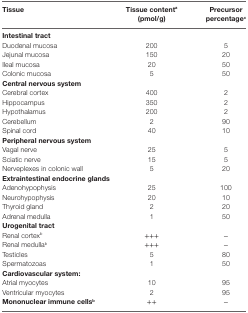
<table><thead><tr><td><b>Tissue</b></td><td><b>Tissue content<sup>a</sup> (pmol/g)</b></td><td><b>Precursor percentage<sup>c</sup></b></td></tr></thead><tbody><tr><td><b>Intestinal tract</b></td><td></td><td></td></tr><tr><td>Duodenal mucosa</td><td>200</td><td>5</td></tr><tr><td>Jejunal mucosa</td><td>150</td><td>20</td></tr><tr><td>Ileal mucosa</td><td>20</td><td>50</td></tr><tr><td>Colonic mucosa</td><td>5</td><td>50</td></tr><tr><td><b>Central nervous system</b></td><td></td><td></td></tr><tr><td>Cerebral cortex</td><td>400</td><td>2</td></tr><tr><td>Hippocampus</td><td>350</td><td>2</td></tr><tr><td>Hypothalamus</td><td>200</td><td>2</td></tr><tr><td>Cerebellum</td><td>2</td><td>90</td></tr><tr><td>Spinal cord</td><td>40</td><td>10</td></tr><tr><td><b>Peripheral nervous system</b></td><td></td><td></td></tr><tr><td>Vagal nerve</td><td>25</td><td>5</td></tr><tr><td>Sciatic nerve</td><td>15</td><td>5</td></tr><tr><td>Nerveplexes in colonic wall</td><td>5</td><td>20</td></tr><tr><td><b>Extraintestinal endocrine glands</b></td><td></td><td></td></tr><tr><td>Adenohypophysis</td><td>25</td><td>100</td></tr><tr><td>Neurohypophysis</td><td>20</td><td>10</td></tr><tr><td>Thyroid gland</td><td>2</td><td>20</td></tr><tr><td>Adrenal medulla</td><td>1</td><td>50</td></tr><tr><td><b>Urogenital tract</b></td><td></td><td></td></tr><tr><td>Renal cortex<sup>b</sup></td><td>+++</td><td>−</td></tr><tr><td>Renal medulla<sup>b</sup></td><td>+++</td><td>−</td></tr><tr><td>Testicles</td><td>5</td><td>80</td></tr><tr><td>Spermatozoas</td><td>1</td><td>50</td></tr><tr><td><b>Cardiovascular system:</b></td><td></td><td></td></tr><tr><td>Atrial myocytes</td><td>10</td><td>95</td></tr><tr><td>Ventricular myocytes</td><td>2</td><td>95</td></tr><tr><td><b>Mononuclear immune cells<sup>b</sup></b></td><td>++</td><td>−</td></tr></tbody></table>